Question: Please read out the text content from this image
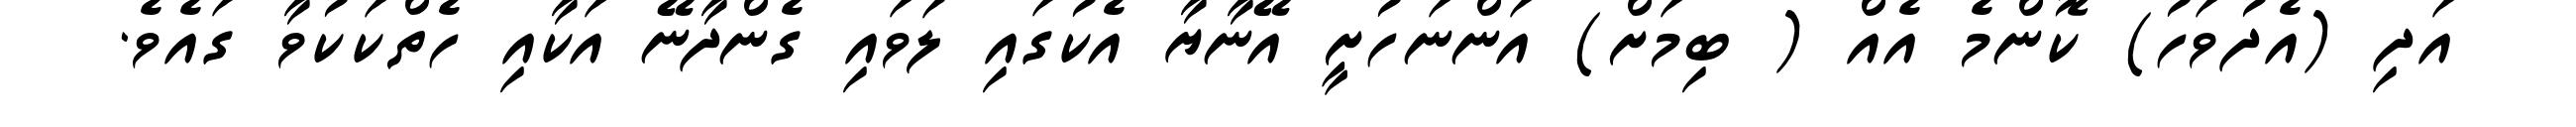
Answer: އަދި (އެދުވަހު) ކޮންމެ އެއް ( ބިމަށް) އަންނަހުށީ އޭނާޔާ އެކުގައި ލަވައި ގެންދާނޭ އަކާއި ހެތްކަކުވާ ގައެވެ.